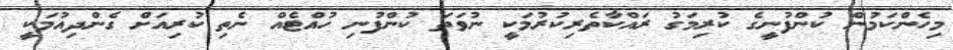
މިހެންކަމުން ކުންފުނީގެ ކުރިމަގު ރައްކާތެރިކުރުމަކީ ނުވަތަ ކުންފުނި ހުއްޓެއް ނެތި ކުރިއަށް ގެންދިއުމަކީ